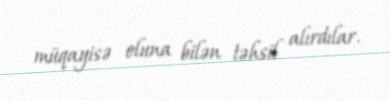
müqayisə oluna bilən təhsil alırdılar.